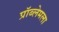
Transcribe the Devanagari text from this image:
प्रॉब्लेमला